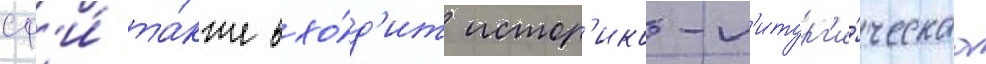
сф'и́ та́кже вхо́д'ит истор'ико-л'итург'и́ческаа